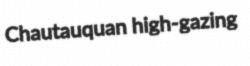
Chautauquan high-gazing